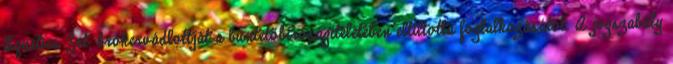
Equities Zrt. brókervádlottját a büntetőbíróságítéletében eltiltotta foglalkozásától. A jogszabály